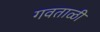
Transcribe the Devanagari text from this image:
गवताळी